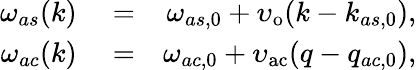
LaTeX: \begin{array}{rlr}{\omega_{as}(k)}&{{}=}&{\omega_{as,0}+\upsilon_{\mathrm{o}}(k-k_{as,0}),}\\ {\omega_{ac}(k)}&{{}=}&{\omega_{ac,0}+\upsilon_{\mathrm{ac}}(q-q_{ac,0}),}\end{array}